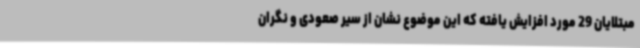
مبتلایان 29 مورد افزایش یافته که این موضوع نشان از سیر صعودی و نگران